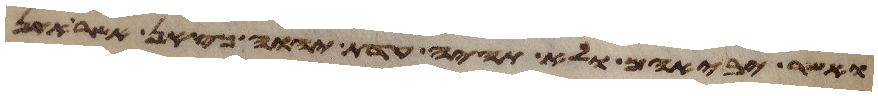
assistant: ואשר יביאם ולא תהיה עדת יהוה כצאן אשר אין